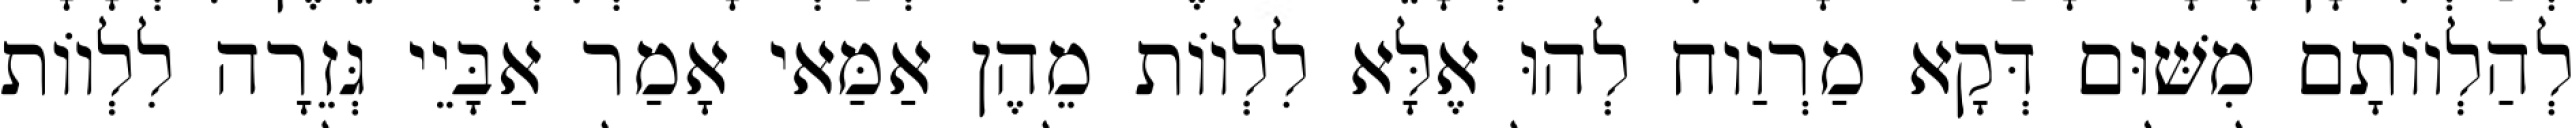
לְהַלְווֹתָם מִשּׁוּם דְּקָא מַרְוַוח לְהוּ אֶלָּא לִלְווֹת מֵהֶן אַמַּאי אָמַר אַבָּיֵי גְּזֵרָה לִלְווֹת